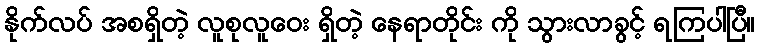
နိုက်လပ် အစရှိတဲ့ လူစုလူဝေး ရှိတဲ့ နေရာတိုင်း ကို သွားလာခွင့် ရကြပါပြီ။